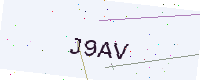
Text: J9AV